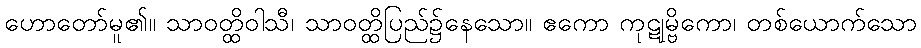
ဟောတော်မူ၏။ သာဝတ္ထိဝါသီ၊ သာဝတ္ထိပြည်၌နေသော။ ဧကော ကုဋုမ္ဗိကော၊ တစ်ယောက်သော